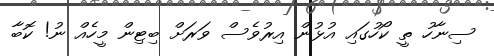
ސިނާހު ތީ ކޯހުގައި އުޅުން އިރުވެސް ވަރަށް ބިޓިން މީހެއް ނު! ކޮބާ